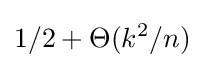
1/2+\Theta (k^{2}/n)